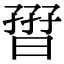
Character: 𡦏